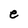
Character: e